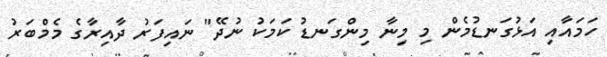
ހަމައާއި އަޅުގަނޑުމެން މި މިނާ މިންގަނޑު ކަމަކު ނުދޭ" ނައިފަރު ދާއިރާގެ މެމްބަރު